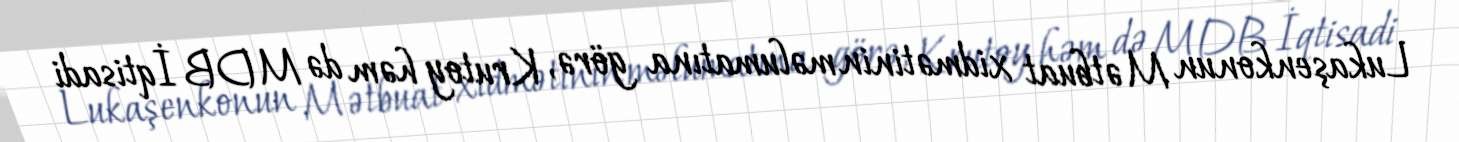
Lukaşenkonun Mətbuat xidmətinin məlumatına görə, Krutoy həm də MDB İqtisadi